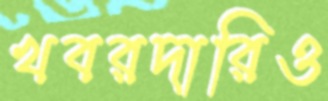
খবরদারিও